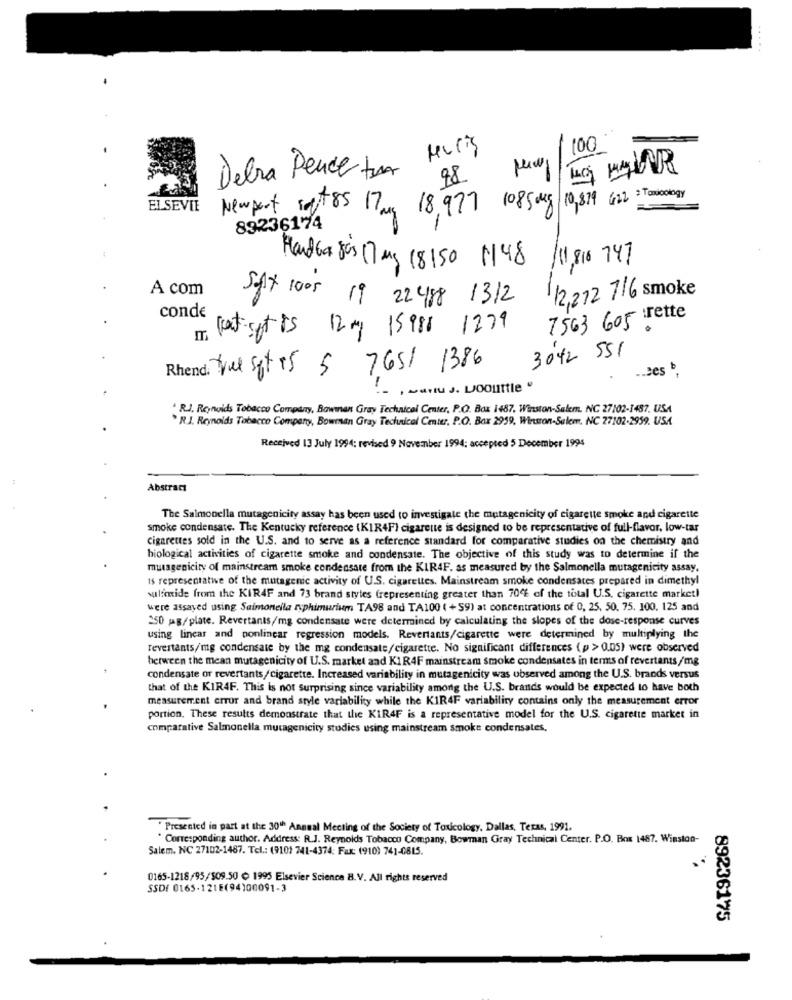
Muris
0
Debra Pende tu
98
17mg 18,977 1085mg 10,879 612 Toxicology
ELSEVIE
Newport soft 85
89236174
-
1,816 747
HandGa Jos 17 mg 18150 1148
A com
12,272 716 smoke
conde
SgX 1005 19 22 488 1312
7563 605 rette
latigt is 12y 15988
1279
3042 551
Nye spt +5 5 7651 1386
-. zes ,
.
-
* R.J. Reynolds Tobacco Company, Bowman Gray Technical Center, P.O. Box 1487, Winston-Salem. NC 27102-1487, USA
. R.J. Reynolds Tobacco Company, Bowman Gray Technical Cmitr. P.O. Box 2959, Winston-Salem, NC 27102-2959. USA
Received 13 July 1994: revised 9 November 1994; accepted 5 December 1994
Abstract
The Salmonella mutagenicity assay has been used to investigate the mutagenicity of cigarette smoke and cigarette
smoke condensate. The Kentucky reference (KIR4F) cigarette is designed to be representative of full-flavor, low-tar
cigarettes sold in the U.S. and to serve as a reference standard for comparative studies on the chemistry and
biological activities of cigarette smoke and condensate. The objective of this study was to determine if the
mutagenicity of mainstream smoke condensate from the KIR4F. as measured by the Salmonella mutagenicity assay.
Is representative of the mutagenic activity of U.S. cigarettes. Mainstream smoke condensates prepared in dimethyl
sulfide from the KIR4F and 73 brand styles (representing greater than 70% of the total U.S. cigarette market)
were assaved using Salmonella ryphimurium TA98 and TA100 ( +59) at concentrations of 0, 25, 50, 75. 100. 125 and
250 mg/plate. Revertants/mg condensate were determined by calculating the slopes of the dose-response curves
using linear and ponlinear regression models. Revertants/cigarette were determined by multiplying the
revertants/mg condensate by the mg condensate/cigarette. No significant differences (p > 0.05) were observed
between the mean mutagenicity of U.S. market and KIR4F mainstream smoke condensates in terms of revertants/mg
condensate or revertants/cigarette. Increased variability in mutagenicity was observed among the U.S. brands versus
that of the KIR4F. This is not surprising since variability among the U.S. brands would be expected to have both
measurement error and brand style variability while the KIR4F variability contains only the measurement error
portion. These results demonstrate that the KIR4F is a representative model for the U.S. cigarette market in
comparative Salmonella mutagenicity studies using mainstream smoke condensates.
" Presented in part at the 30th Annual Meeting of the Society of Toxicology. Dallas, Texas, 1991.
" Corresponding author. Address: R.J. Reynolds Tobacco Company, Bowman Gray Technical Center. P.O. Box 1487. Winston-
Salem. NC 27102-1487. Tel .: (9101 741-4374; Fax: (910) 741-0815.
0165-1218/95/509.50 @ 1995 Elsevier Science B. V. All rights reserved
SSDf 0165-121E(94)00091-3
89236175